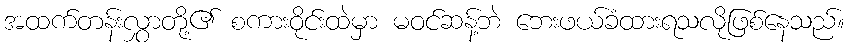
အထက်တန်းလွှာတို့၏ စကားဝိုင်းထဲမှာ မဝင်ဆန့်ဘဲ ဘေးဖယ်ခံထားရသလိုဖြစ်နေသည်။